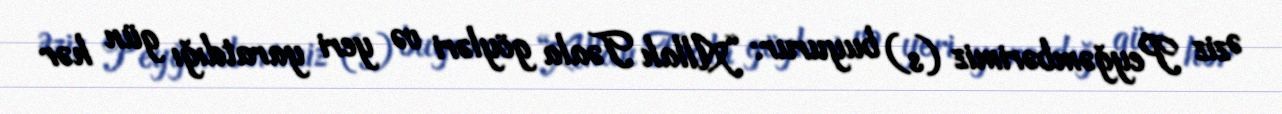
Əziz Peyğəmbərimiz (s) buyurur: “Allah Təala göyləri və yeri yaratdığı gün hər